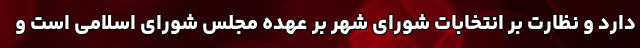
دارد و نظارت بر انتخابات شورای شهر بر عهده مجلس شورای اسلامی است و